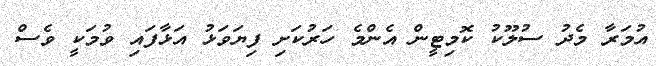
އުމަރާ މެދު ސުލޫކު ކޮމިޓީން އެންމެ ހަރުކަށި ފިޔަވަޅު އަޅާފައި ވުމަކީ ވެސް